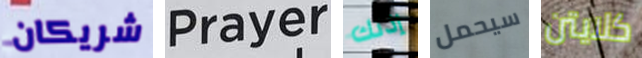
شريكان Prayer إذنك سيحمل كلايتن